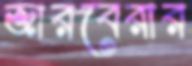
জারবেরার